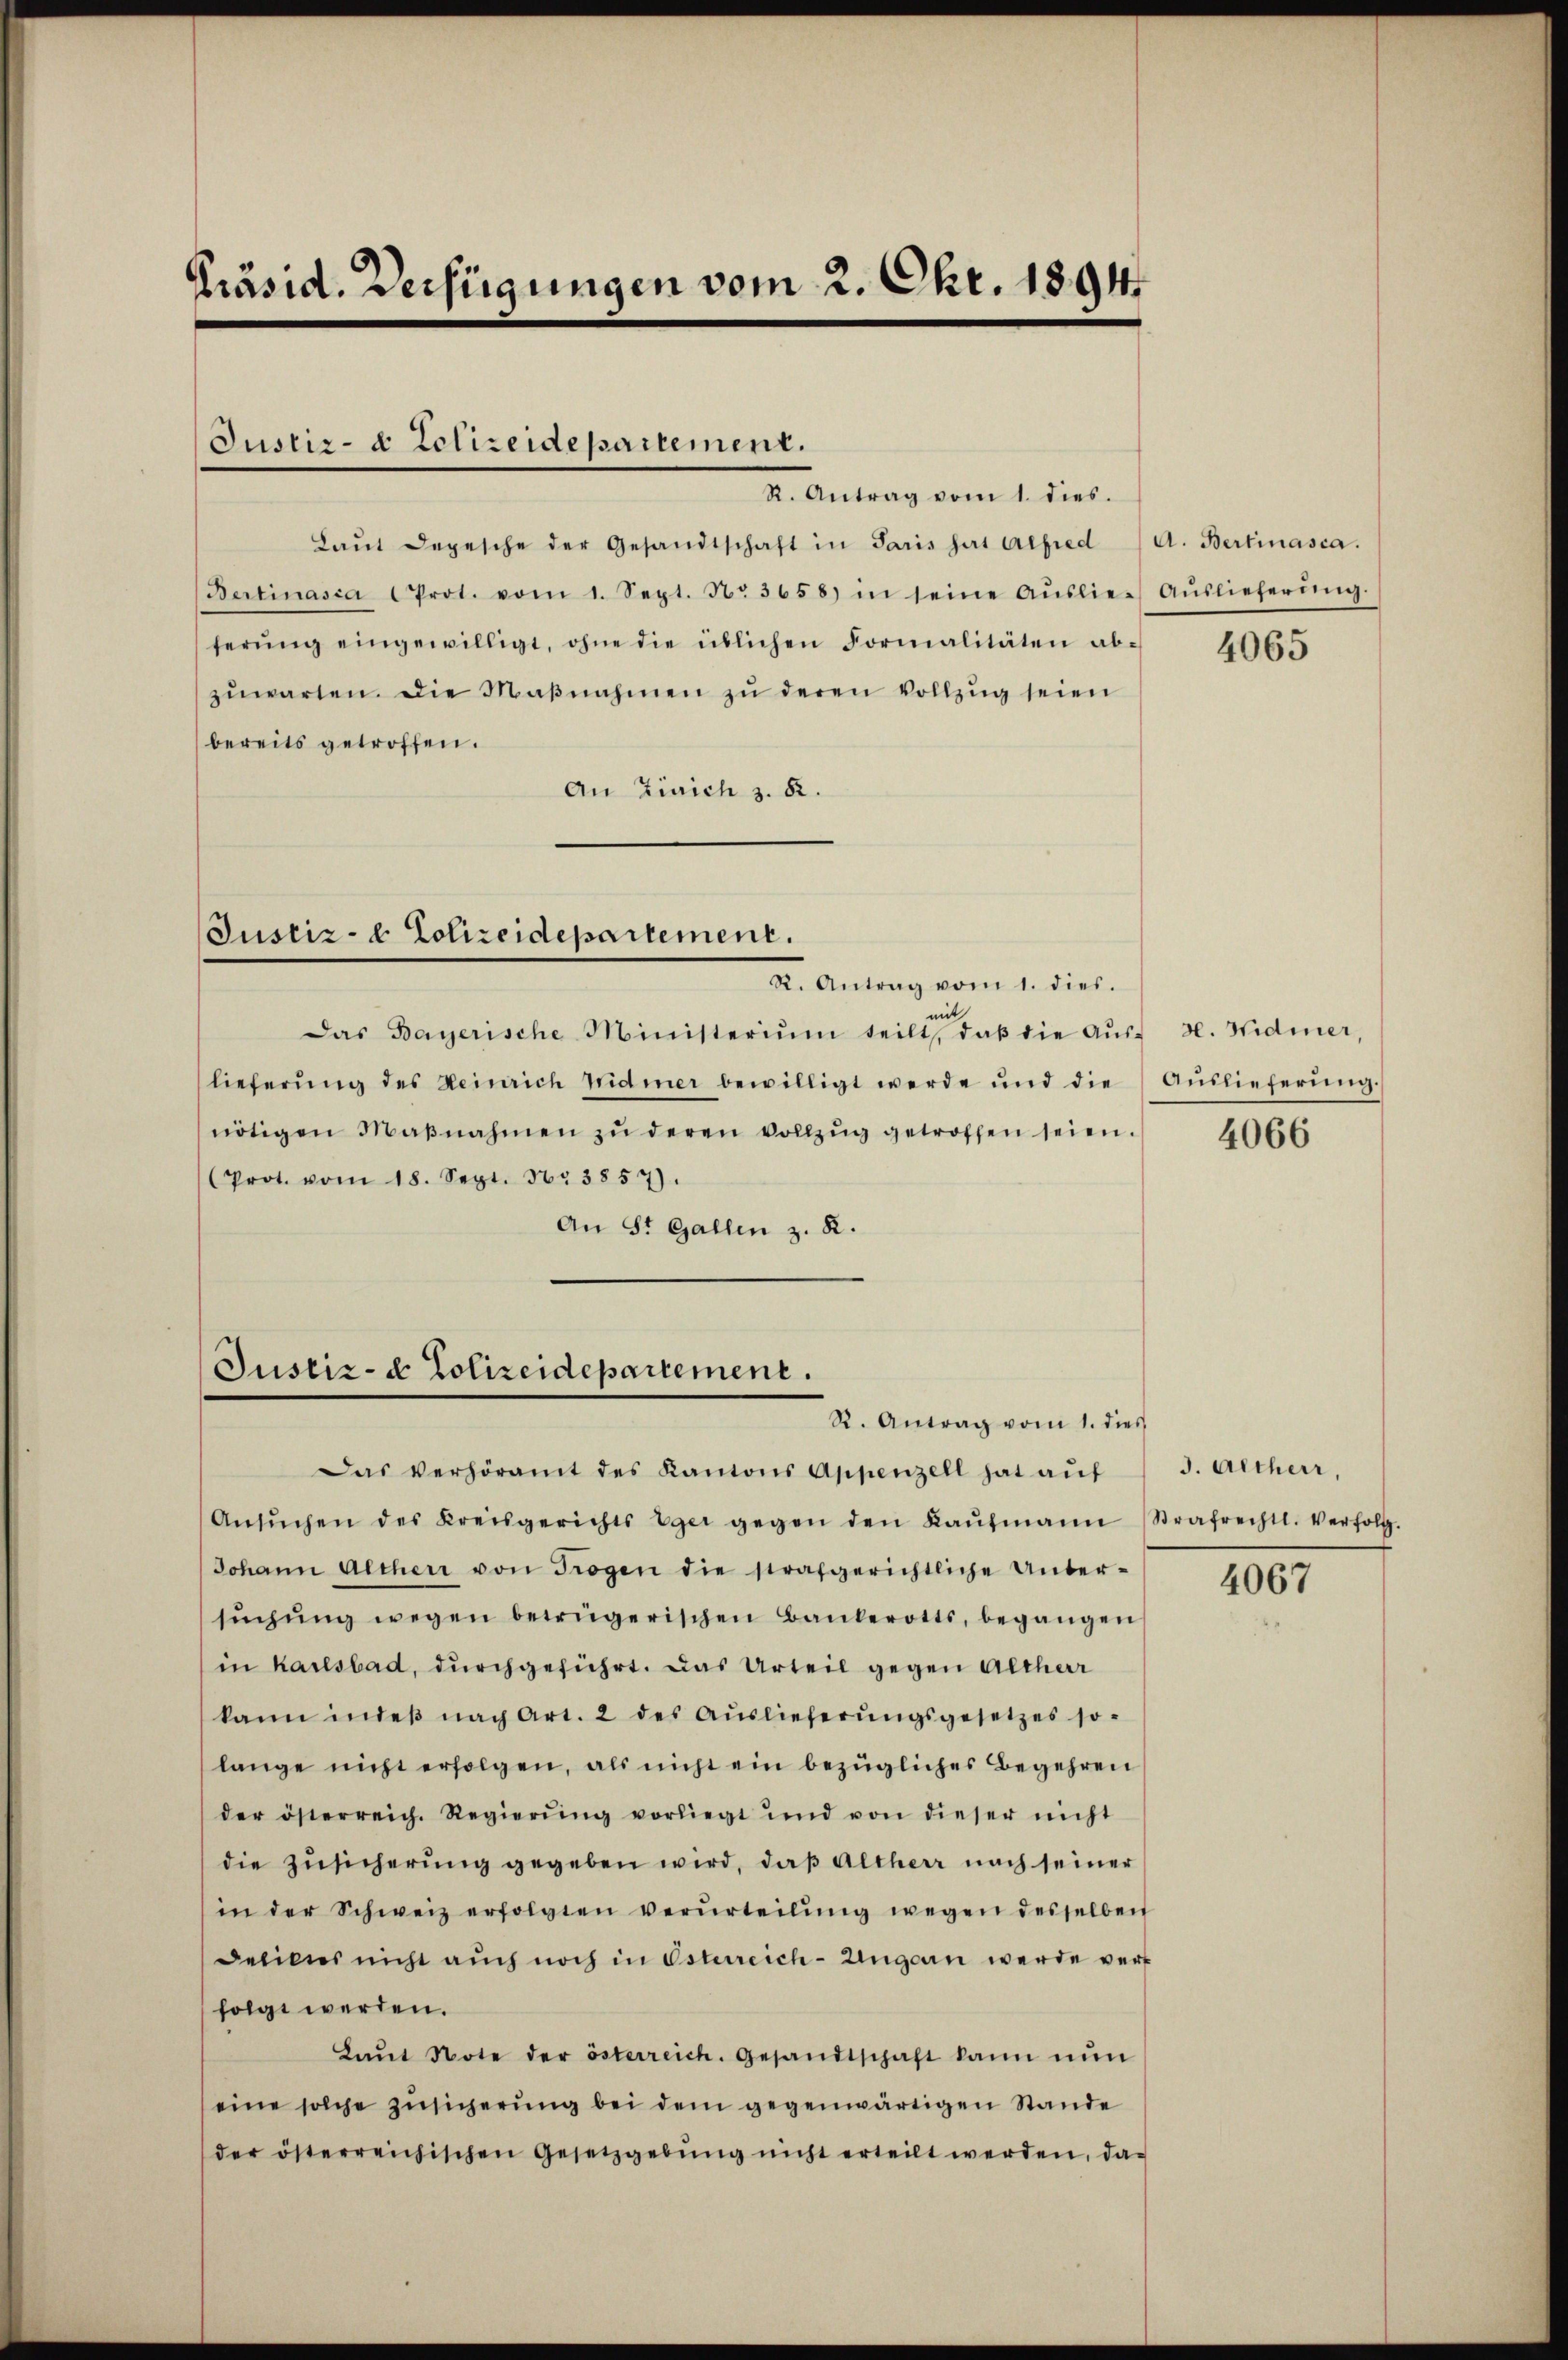
Präsid. Verfügungen vom 2. Okt. 1894

Justiz- & Polizeidepartement.

R. Antrag vom 1. dies.
Laŭt Depesche der Gesandtschaft in Paris hat Alfred
Bertinasia Prot. vom 1. Sept. N. 3658) in seine Aŭslie- Aŭslieferŭng.
ferŭng eingewilligt, ohne die üblichen Formalitäten ab-
zŭwarten. Die Maβnahmen zŭ deren Vollzŭg seien
bereits getroffen.
An Zürich z. 82.

Justiz- & Polizeidepartement.

Das Bayerische Ministerium teilt, daβ die Aŭs-
lieferŭng des Heinrich widmer bewilligt werde und die Aŭslieferŭng.
nötigen Maβnahmen zŭ deren vollzŭg getroffen seien.
Prot. vom 18. Sept. Nr. 3857).
An St. Gallen z. B.

R. Antrag vom 1. dies.
mit

Justiz- & Polizeidepartement.
R. Antrag vom 1. dies

A. Bertinasca.

Das verhöramt des Kantons Appenzell hat aŭf
Ansŭchen des Kreisgerichts Eger gegen den Kaŭfmann Strafrechtl. Verfolg.
Johann Altherr von Trogen die strafgerichtliche Unter-
sŭchŭng wegen betrügerischen Bankerotts, begangen
in Karlsbad, durchgeführt. Das Urteil gegen Althar
kann indeß nach Art. 2 des Aŭslieferŭngsgesetzes so-
lange nicht erfolgen, als nicht ein bezügliches Begehren
der österreich. Regierŭng vorliegt und von dieser nicht
die Zŭsicherung gegeben wird, daß Altherr nach seiner
in der Schweiz erfolgten verurteilŭng wegen desselben
Deliktes nicht aŭch noch in Osterreich-Ungern werde verk
folgt werden.
Laŭt Note der österreich. Gesandtschaft kann nŭn
eine solche Zusicherung bei dem gegenwärtigen Stande
der österreichischen Gesetzgebŭng nicht erteilt werden, da

4065

H. Widmer,

4066

J. Altherr,

4067